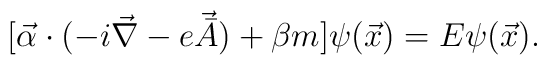
[\vec {\alpha} \cdot (-i \vec {\nabla} - e \vec {\bar {A}} ) + \beta m] \psi (\vec {x}) = E \psi (\vec {x}).